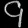
Digit: ၄